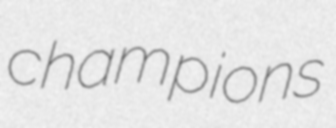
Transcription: champions